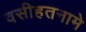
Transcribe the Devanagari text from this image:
वसीहतनामे